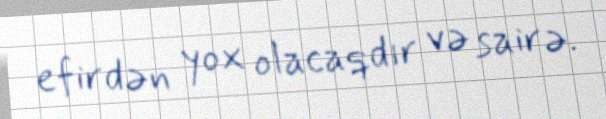
efirdən yox olacaqdır və sairə.